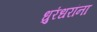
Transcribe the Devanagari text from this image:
धुरंधरांना